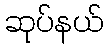
ဆုပ်နယ်